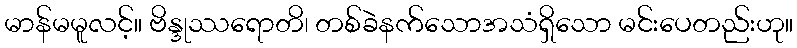
မာန်မမူလင့်။ ဗိန္ဒုဿရောတိ၊ တစ်ခဲနက်သောအသံရှိသော မင်းပေတည်းဟု။